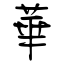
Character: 華